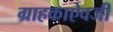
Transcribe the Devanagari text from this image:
ग्राहकाऐवजी